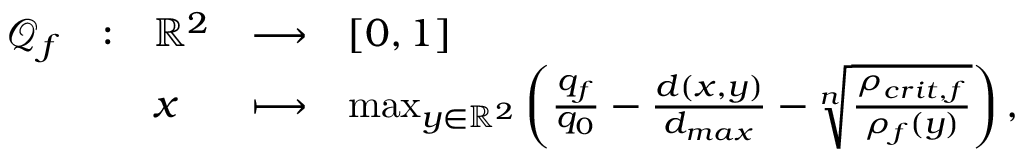
\begin{array} { l l l l l } { \mathcal { Q } _ { f } } & { : } & { \mathbb { R } ^ { 2 } } & { \longrightarrow } & { \left[ 0 , 1 \right] } \\ & & { x } & { \longmapsto } & { \operatorname* { m a x } _ { y \in \mathbb { R } ^ { 2 } } \left( \frac { q _ { f } } { q _ { 0 } } - \frac { d ( x , y ) } { d _ { m a x } } - \sqrt [ n ] { \frac { \rho _ { c r i t , f } } { \rho _ { f } ( y ) } } \right) , } \end{array}